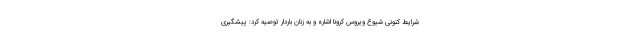
شرایط کنونی شیوع ویروس کرونا اشاره و به زنان باردار توصیه کرد: پیشگیری